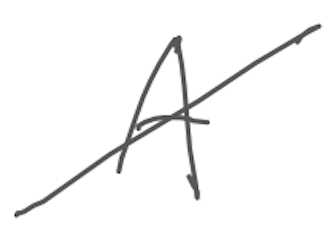
Text: A
Cross-out: diagonal
Writing tool: digital_gray